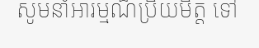
សូមនាំអារម្មណ៏ប្រិយមិត្ត ទៅ